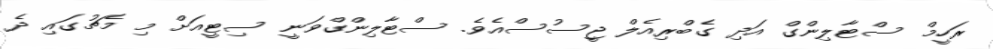
ރަހީމް ސްޓާލިންގް އަދި ގެބްރިއެލް ޖީސުސްއެވެ. ސްޓާލިންގްވަނީ ސިޓީއަށް މި މެޗުގައި ދެ